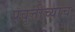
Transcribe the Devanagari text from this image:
प्रवृत्तीच्याच